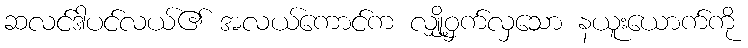
ဆလင်ဒါပင်လယ်၏ အလယ်ကောင်က လျှို့ဝှက်လှသော နယူးယောက်ကို